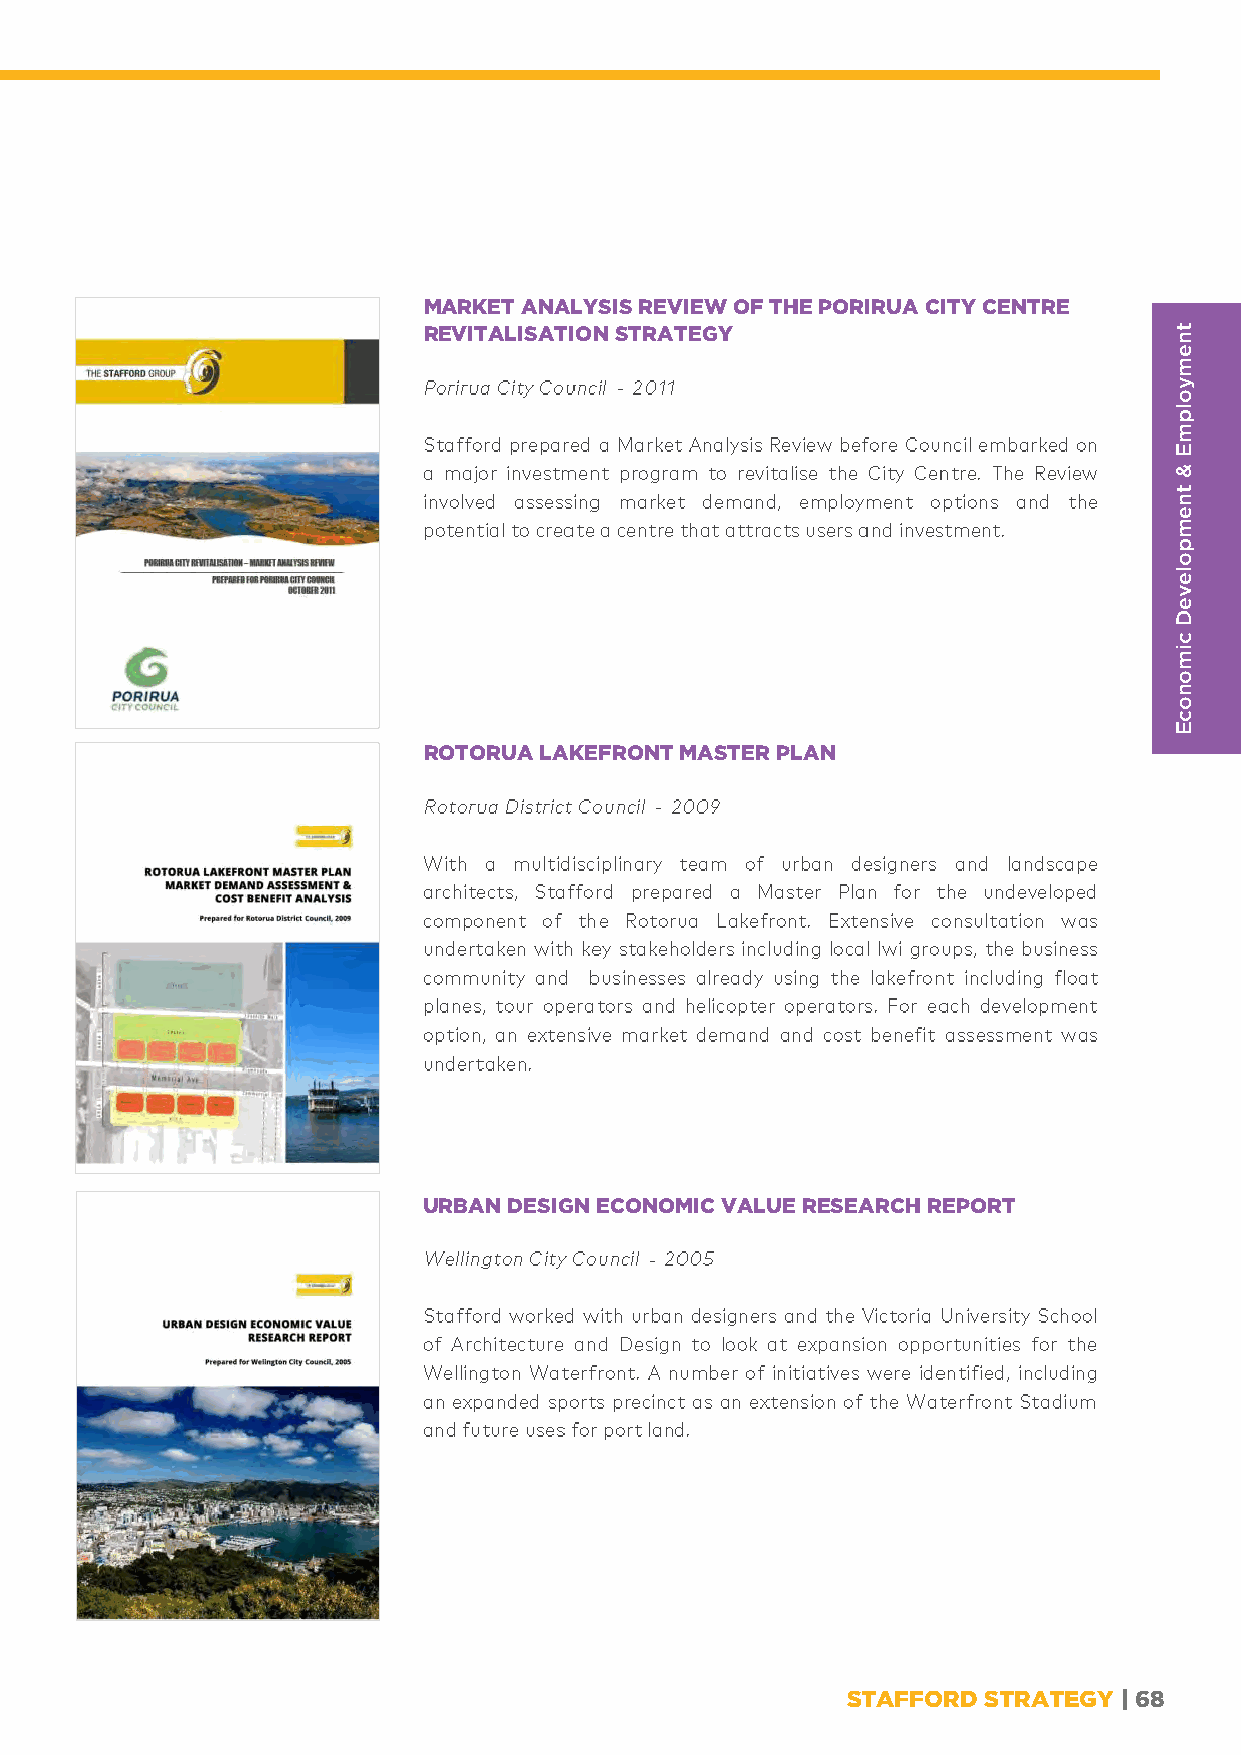
MARKET ANALYSIS REVIEW OF THE PORIRUA CITY CENTRE
 REVITALISATION STRATEGY
 -
 ROTORUA LAKEFRONT MASTER PLAN
 -
 URBAN DESIGN ECONOMIC VALUE RESEARCH REPORT
 -
 STAFFORD STRATEGY | 68
 tnemyolpmE
 &
 tnempoleveD
 cimonocE